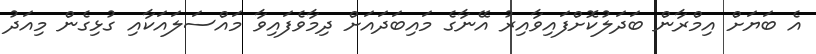
އެ ބަޔަށް އިމްރާން ބަދަލުކޮށްފައިވާއިރު އޭނާގެ މައިބަދައަށް ދިމާވެފައިވާ މައްސަލައަކާއި ގުޅިގެން މިއަދު